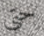
حتى